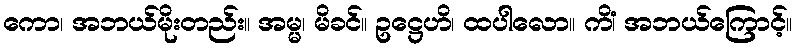
ကော၊ အဘယ်မိုးတည်း။ အမ္မ၊ မိခင်။ ဥဋ္ဌေဟိ၊ ထပါလော။ ကိံ၊ အဘယ်ကြောင့်။